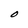
Character: O